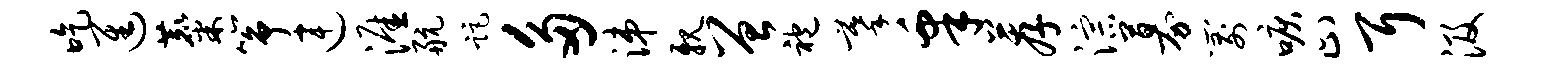
吃进麋筝连涯航距多涕亲曾袍摹皋荐淙募箭唳止耳汲